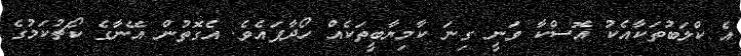
އެ ކްލަބުތަކާއެކު އޮސްކާ ވަނީ ގިނަ ކާމިޔާބީތަކެއް ހޯދާފައެވެ. އެގޮތުން އޭނާގެ ކޯޗުކަމުގެ